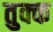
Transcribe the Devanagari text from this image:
तुक्क